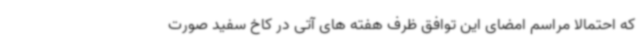
که احتمالا مراسم امضای این توافق ظرف هفته های آتی در کاخ سفید صورت